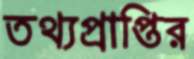
তথ্যপ্রাপ্তির